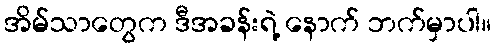
အိမ်သာတွေက ဒီအခန်းရဲ့ နောက် ဘက်မှာပါ။